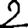
Digit: 2